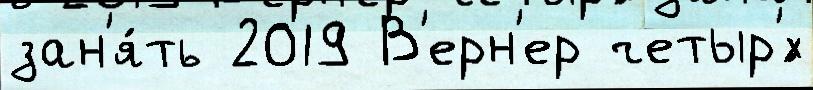
зан'я́ть 2019 В'ерн'ер четыр'́х